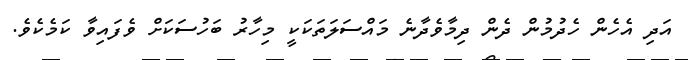
އަދި އެހެން ހެދުމުން ދެން ދިމާވެދާނެ މައްސަލަތަކަކީ މިހާރު ބަހުސަކަށް ވެފައިވާ ކަމެކެވެ.